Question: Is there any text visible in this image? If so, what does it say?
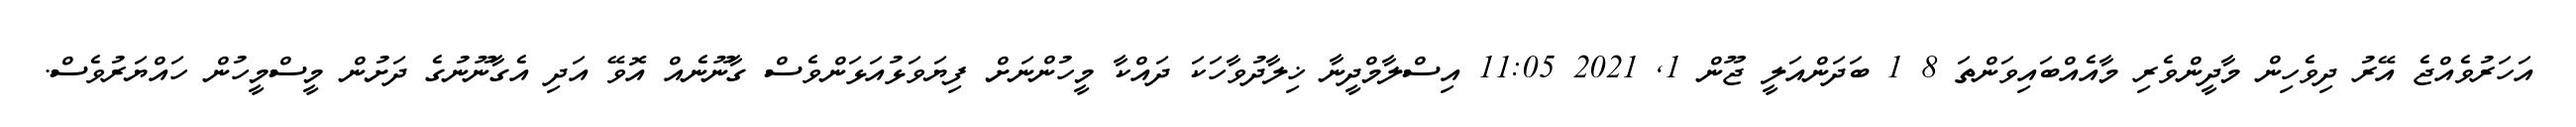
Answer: އަހަރުވެއްޖެ އޭރު ދިވެހިން މާދީންވެރި މާއެއްބައިވަންތަ 8 1 ބަދަންއަލީ ޖޫން 1, 2021 11:05 އިސްލާމްދީނާ ޚިލާދުވާހަކަ ދައްކާ މީހުންނަށް ފިޔަވަޅުއަޅަންވެސް ގާނޫނެއް އޮވޭ އަދި އެގާނޫނުގެ ދަށުން މީސްމީހުން ހައްޔަރުވެސް.